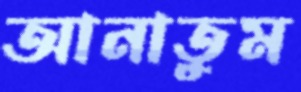
আনাতুম